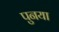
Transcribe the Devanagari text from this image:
पुनया